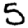
Digit: 5